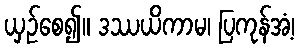
ယှဉ်စေ၍။ ဒဿယိကာမ၊ ပြကုန်အံ့၊